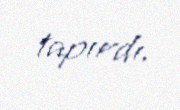
tapırdı.